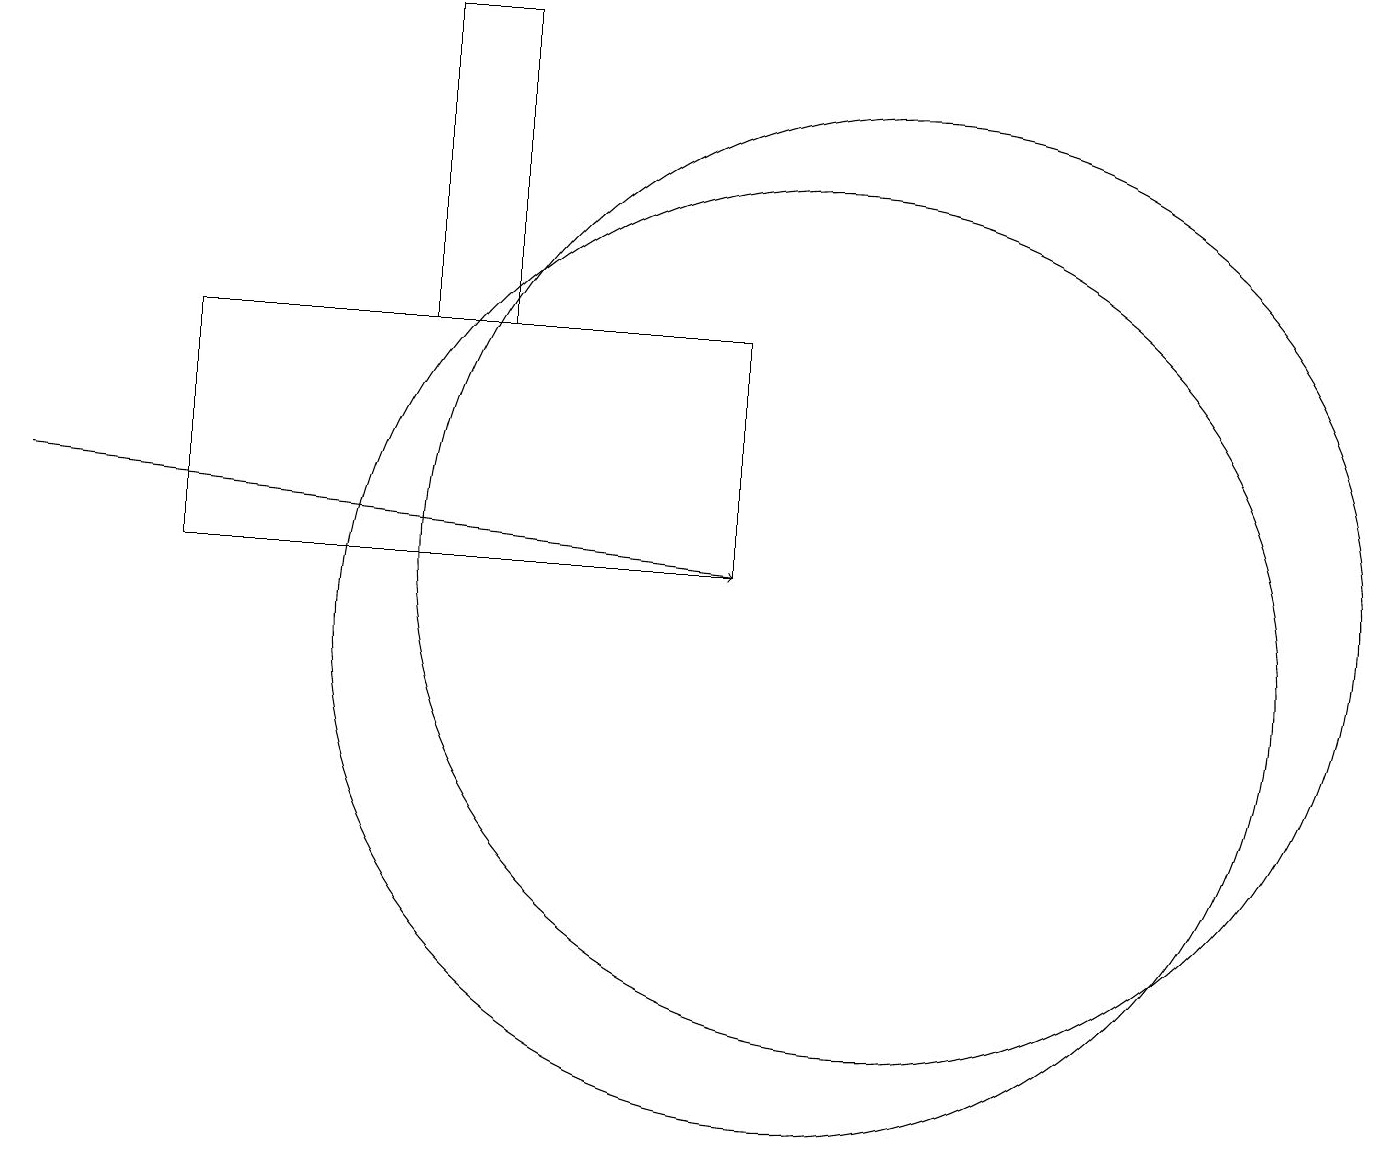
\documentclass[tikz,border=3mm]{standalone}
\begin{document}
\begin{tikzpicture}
\draw (10,10) circle (6);
\draw[->] (0,12) -- (9,11);
\draw (6,18) rectangle (5,14);
\draw (11,11) circle (6);
\draw (9,14) rectangle (2,11);
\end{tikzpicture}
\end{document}